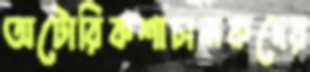
অটোরিকশাচালকদের